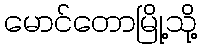
မောင်တောမြို့သို့